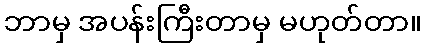
ဘာမှ အပန်းကြီးတာမှ မဟုတ်တာ။